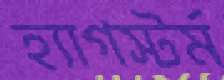
হ্যাগস্টর্ম